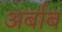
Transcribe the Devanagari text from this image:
अर्बाब